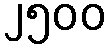
၂၅၀၀